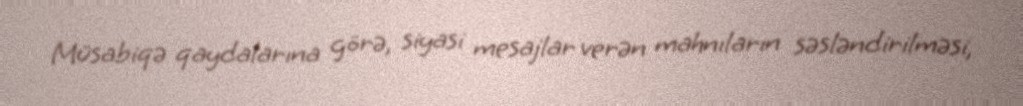
Müsabiqə qaydalarına görə, siyasi mesajlar verən mahnıların səsləndirilməsi,